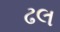
ઢલ